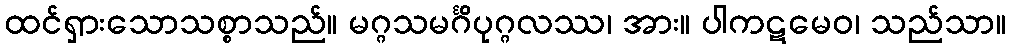
ထင်ရှားသောသစ္စာသည်။ မဂ္ဂသမင်္ဂိပုဂ္ဂလဿ၊ အား။ ပါကဋမေဝ၊ သည်သာ။